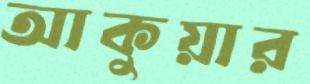
আকুয়ার